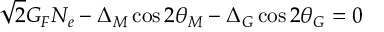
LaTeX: \sqrt { 2 } G _ { F } N _ { e } - { \Delta _ { M } } \cos 2 \theta _ { M } - { \Delta _ { G } } \cos 2 \theta _ { G } = 0